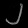
Digit: ၂